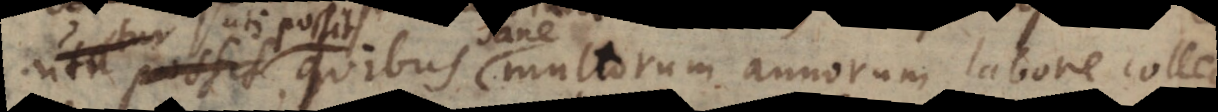
possit, quibus multorum annorum labore colle